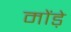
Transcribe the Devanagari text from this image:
मोंड़े